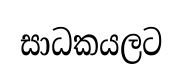
සාධකයලට